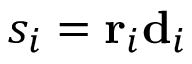
s _ { i } = \mathbf { r } _ { i } \mathbf { d } _ { i }